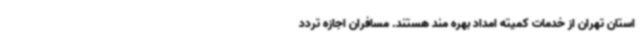
استان تهران از خدمات کمیته امداد بهره مند هستند. مسافران اجازه تردد